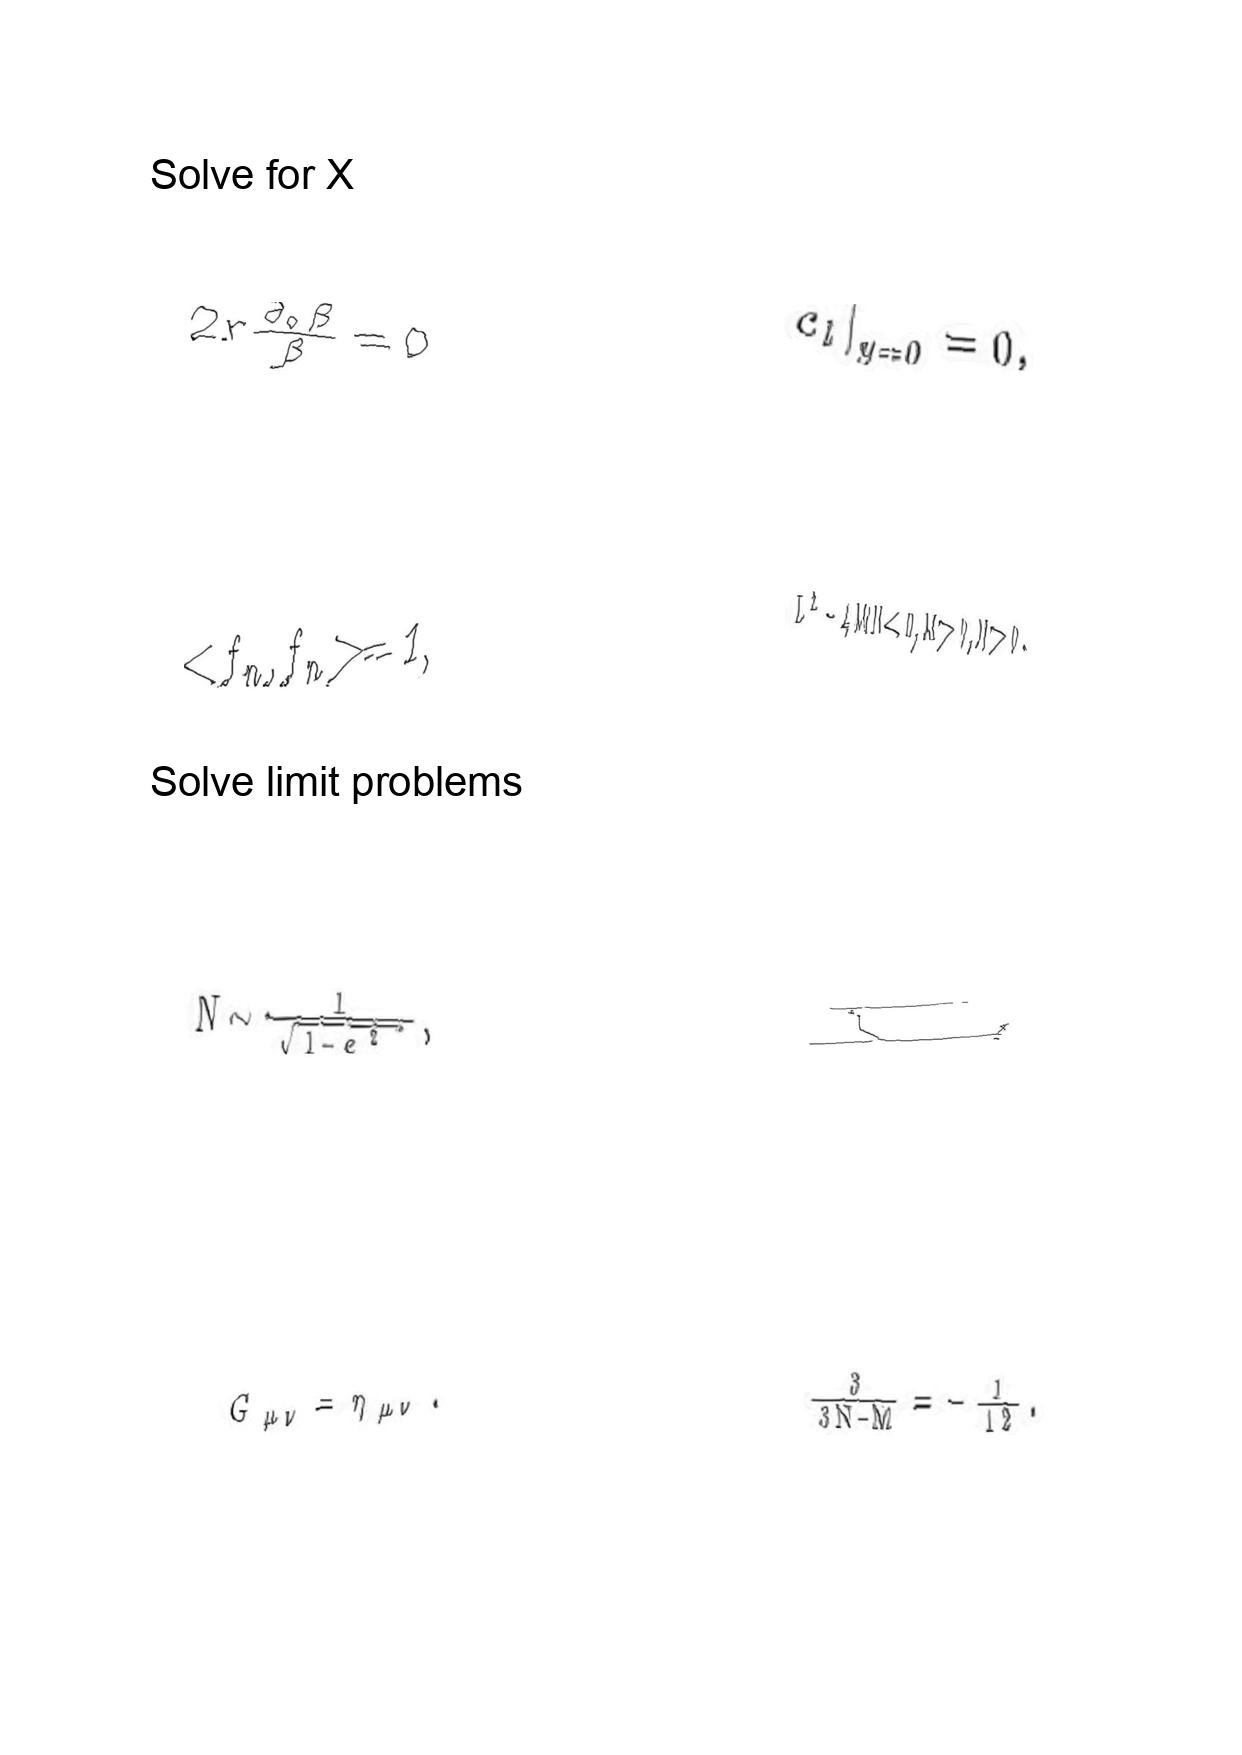
LaTeX transcription:
2 r \frac { \partial _ { 0 } \beta } { \beta } = 0
\lt f _ { n } , f _ { n } \gt = 1 ,
N \sim \frac { 1 } { \sqrt { 1 - e ^ { 2 } } } ,
G _ { \mu \nu } = \eta _ { \mu \nu } .
 c _ { l } \vert _ { y = 0 } = 0 ,
L ^ { 2 } - 4 M N \lt 0 , M \gt 0 , N \gt 0 .
L
\frac { 3 } { 3 N - M } = - \frac { 1 } { 1 2 } .